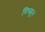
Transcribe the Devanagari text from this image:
मिस्ळून